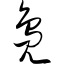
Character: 凫